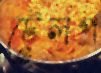
টেলপ